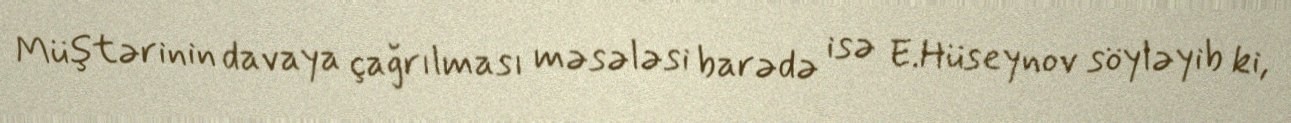
Müştərinin davaya çağrılması məsələsi barədə isə E.Hüseynov söyləyib ki,